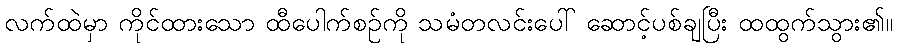
လက်ထဲမှာ ကိုင်ထားသော ထီပေါက်စဉ်ကို သမံတလင်းပေါ် ဆောင့်ပစ်ချပြီး ထထွက်သွား၏။